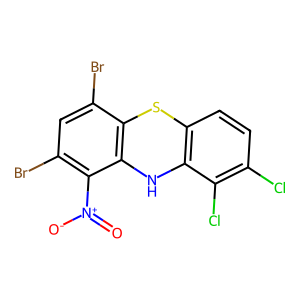
SMILES: O=[N+]([O-])c1c(Br)cc(Br)c2c1Nc1c(ccc(Cl)c1Cl)S2
Inhibits HIV replication: No